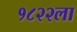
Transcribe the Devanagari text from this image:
१८२२ला